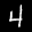
Label: 4